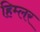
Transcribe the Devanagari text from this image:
हिम्लर